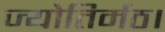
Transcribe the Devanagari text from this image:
ज्योतिर्मठ।